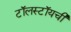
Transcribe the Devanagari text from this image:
टॉलस्टॉयची